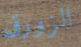
الزورق